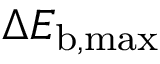
\Delta E _ { \mathrm { b , m a x } }